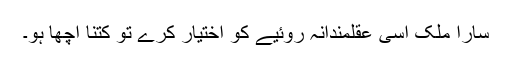
سارا ملک اسی عقلمندانہ روئیے کو اختیار کرے تو کتنا اچھا ہو۔